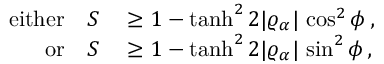
\begin{array} { r l } { \mathrm { e i t h e r } \quad S } & { { } \geq 1 - \operatorname { t a n h } ^ { 2 } 2 \vert \varrho _ { \alpha } \vert \, \cos ^ { 2 } \phi \, , } \\ { \mathrm { o r } \quad S } & { { } \geq 1 - \operatorname { t a n h } ^ { 2 } 2 \vert \varrho _ { \alpha } \vert \, \sin ^ { 2 } \phi \, , } \end{array}